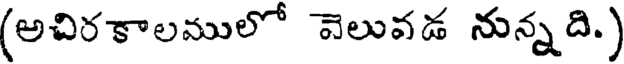
(అచిరకాలములో వెలువడ నున్నది.)